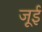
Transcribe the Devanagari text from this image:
जूई